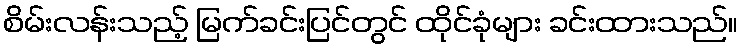
စိမ်းလန်းသည့် မြက်ခင်းပြင်တွင် ထိုင်ခုံများ ခင်းထားသည်။